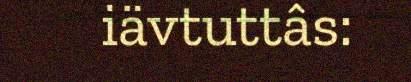
iävtuttâs: